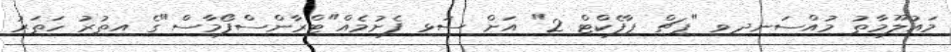
މައުލޫމާތު މުއްސަނދިވި "ޕިޗް ޕާފެކްޓް 2" އަށް ސަޅި ފެށުމެއް"ޓްރާންސްފޯމާސް"ގެ އިތުރު ހަތަރު